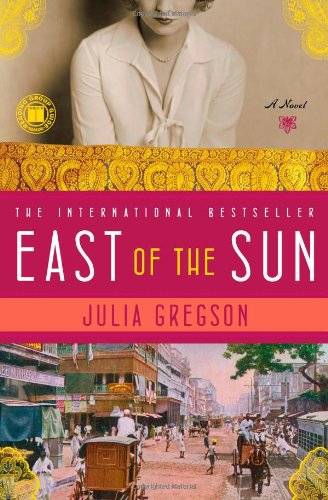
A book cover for East of the Sun: A Novel; Julia Gregson; Romance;